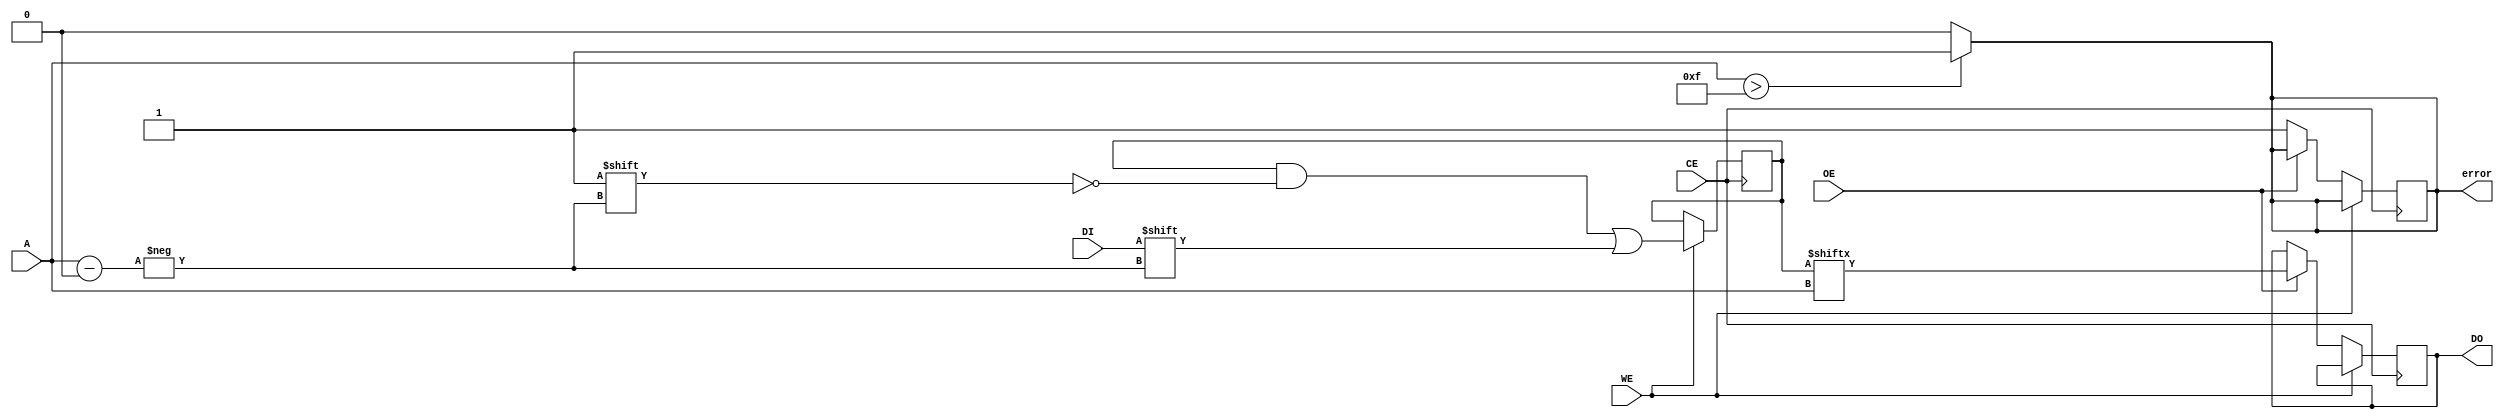
module SLC_EEPROM (
    input wire CE,        // Chip Enable
    input wire WE,        // Write Enable
    input wire OE,        // Output Enable
    input wire [3:0] A,   // Address Lines (4-bit for 16 cells)
    input wire DI,        // Data Input
    output reg DO,        // Data Output
    output reg error      // Error signal
);

    // Memory array (16 cells, 1 bit each)
    reg [15:0] memory;
    reg [3:0] address_reg; // Register to hold the address
    reg read_in_progress;   // Flag for read operation
    reg write_in_progress;  // Flag for write operation

    // Initialize memory and error signal
    initial begin
        memory = 16'b0; // Initialize memory to 0
        error = 1'b0;   // No error initially
    end

    // Read/Write operations
    always @(posedge CE) begin
        if (WE) begin
            // Write operation
            write_in_progress <= 1'b1;
            address_reg <= A; // Store the address
            memory[A] <= DI;  // Write data to memory
            write_in_progress <= 1'b0;
        end else if (OE) begin
            // Read operation
            read_in_progress <= 1'b1;
            address_reg <= A; // Store the address
            DO <= memory[A];  // Read data from memory
            read_in_progress <= 1'b0;
        end else begin
            // If neither WE nor OE is active, set error
            error <= 1'b1;
        end
    end

    // Error handling: Check for invalid address
    always @(A) begin
        if (A > 4'b1111) begin // Check if address is out of bounds
            error <= 1'b1; // Set error signal
        end else begin
            error <= 1'b0; // Clear error signal
        end
    end

    // Power management: Low power mode when CE is low
    always @(negedge CE) begin
        // Implement low power mode logic here if needed
    end

endmodule